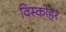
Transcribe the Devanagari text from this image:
विस्कोहर